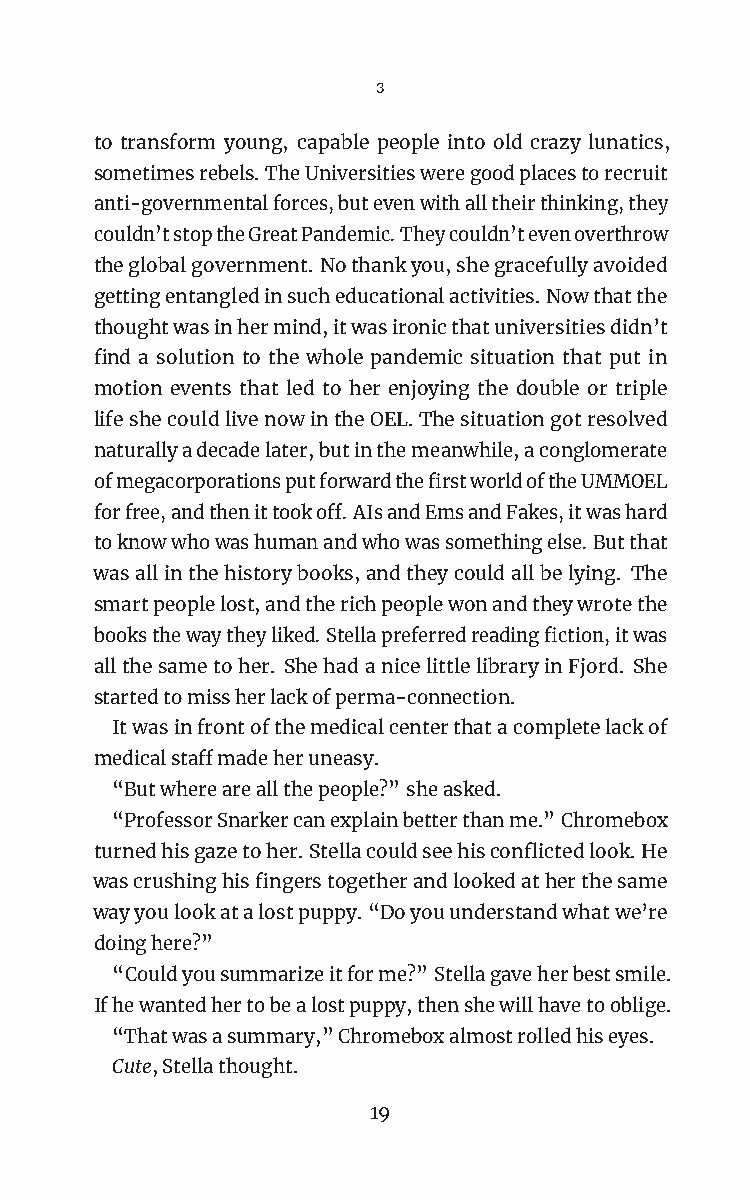
3
 to transform young, capable people into old crazy lunatics,
 sometimesrebels.TheUniversitiesweregoodplacestorecruit
 anti-governmentalforces,butevenwithalltheirthinking,they
 couldn’tstoptheGreatPandemic.Theycouldn’tevenoverthrow
 theglobalgovernment. Nothankyou,shegracefullyavoided
 gettingentangledinsucheducationalactivities.Nowthatthe
 thoughtwasinhermind,itwasironicthatuniversitiesdidn’t
 find a solution to the whole pandemic situation that put in
 motion events that led to her enjoying the double or triple
 lifeshecouldlivenowintheOEL.Thesituationgotresolved
 naturallyadecadelater,butinthemeanwhile,aconglomerate
 ofmegacorporationsputforwardthefirstworldoftheUMMOEL
 forfree,andthenittookoff.AIsandEmsandFakes,itwashard
 toknowwhowashumanandwhowassomethingelse.Butthat
 wasallinthehistorybooks,andtheycouldallbelying. The
 smartpeoplelost,andtherichpeoplewonandtheywrotethe
 booksthewaytheyliked.Stellapreferredreadingfiction,itwas
 allthesametoher. ShehadanicelittlelibraryinFjord. She
 startedtomissherlackofperma-connection.
 Itwasinfrontofthemedicalcenterthatacompletelackof
 medicalstaffmadeheruneasy.
 “Butwhereareallthepeople?”sheasked.
 “ProfessorSnarkercanexplainbetterthanme.”Chromebox
 turnedhisgazetoher.Stellacouldseehisconflictedlook.He
 wascrushinghisfingerstogetherandlookedatherthesame
 wayyoulookatalostpuppy. “Doyouunderstandwhatwe’re
 doinghere?”
 “Couldyousummarizeitforme?”Stellagaveherbestsmile.
 Ifhewantedhertobealostpuppy,thenshewillhavetooblige.
 “Thatwasasummary,”Chromeboxalmostrolledhiseyes.
 Cute,Stellathought.
 19